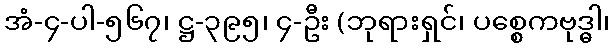
အံ-၄-ပါ-၅၆၇၊ ဋ္ဌ-၃၉၅၊ ၄-ဦး (ဘုရားရှင်၊ ပစ္စေကဗုဒ္ဓါ၊